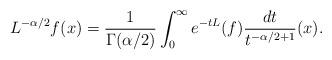
LaTeX: \begin{align*}L^{-\alpha/2}f(x)=\frac{1}{\Gamma(\alpha/2)}\int_0^{\infty}e^{-tL}(f)\frac{dt}{t^{-\alpha/2+1}}(x).\end{align*}